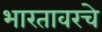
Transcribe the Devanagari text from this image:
भारतावरचे